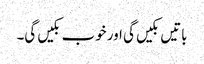
باتیں بکیں گی اور خوب بکیں گی۔